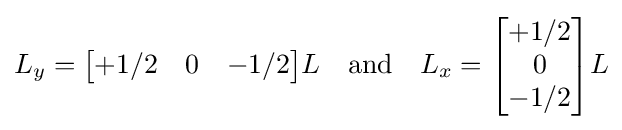
L_{y}={\begin{bmatrix}+1/2&0&-1/2\end{bmatrix}}L\quad {\text{and}}\quad L_{x}={\begin{bmatrix}+1/2\\0\\-1/2\end{bmatrix}}L